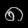
Digit: ၈